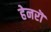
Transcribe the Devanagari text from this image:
हेनरॊ